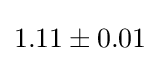
1.11\pm 0.01